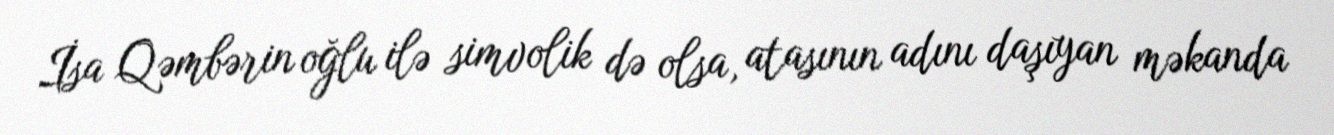
İsa Qəmbərin oğlu ilə simvolik də olsa, atasının adını daşıyan məkanda